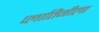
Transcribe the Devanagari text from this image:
प्लातिनीला